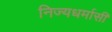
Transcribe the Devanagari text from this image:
निज्यधर्मासी